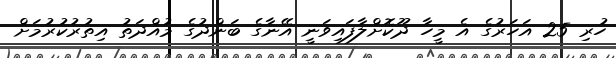
ހުރި 25 އަހަރުގެ އެ މީހާ ދޫކޮށްލާފައިވަނީ އޭނާގެ ބަންދުގެ މުއްދަތު އިތުރުކުރުމަށް